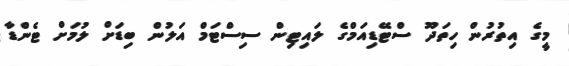
މީގެ އިތުރުން ހިތަދޫ ސްޓޭޑިއަމްގެ ލައިޓިން ސިސްޓަމް އަލުން ބިޑަށް ލުމަށް ޓެންޑާ